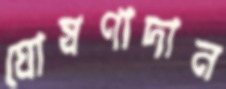
ঘোষণাদান